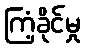
ကြံ့ခိုင်မှု